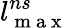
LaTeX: l_{\mathrm{~m~a~x~}}^{ns}